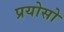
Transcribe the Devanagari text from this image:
प्रयोसो